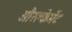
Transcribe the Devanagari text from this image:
औरक्लेमेंट